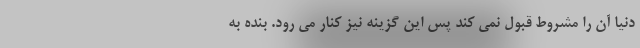
دنیا آن را مشروط قبول نمی کند پس این گزینه نیز کنار می رود. بنده به